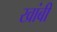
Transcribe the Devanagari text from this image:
खांबी